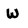
Character: W